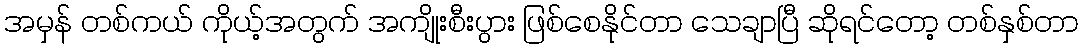
အမှန် တစ်ကယ် ကိုယ့်အတွက် အကျိုးစီးပွား ဖြစ်စေနိုင်တာ သေချာပြီ ဆိုရင်တော့ တစ်နှစ်တာ